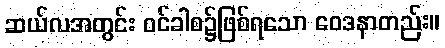
ဆယ်လအတွင်း ဝင်ခါစ၌ဖြစ်ရသော ဝေဒနာတည်း။